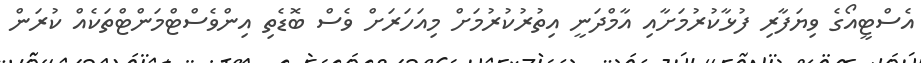
އެސްޓީއޯގެ ވިޔަފާރި ފުޅާކުރުމަށާއި އާމްދަނީ އިތުުރުކުރުމަށް މިއަހަރަށް ވެސް ބޮޑެތި އިންވެސްޓްމަންޓްތަކެއް ކުރަން